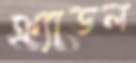
ক্র্যাডল